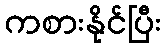
ကစားနိုင်ပြီး